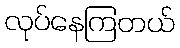
လုပ်နေကြတယ်